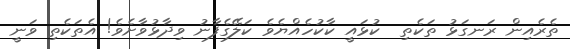
ތެރެއިން ރަނގަޅު ތަކެތި  ކުޅައީ ކާކުހެއްޔެވެ ކަލޭގެފާނު ވިދާޅުވާށެވެ! އެތަކެތި ވަނީ